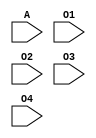
`timescale 1ns / 1ps
//////////////////////////////////////////////////////////////////////////////////
// Company: 
// Engineer: 
// 
// Design Name: 
// Module Name:    splitter 
// Project Name: 
// Target Devices: 
// Tool versions: 
// Description: 
//
// Dependencies: 
//
// Revision: 
// Revision 0.01 - File Created
// Additional Comments: 
//
//////////////////////////////////////////////////////////////////////////////////
module splitter(
    input [31:0] A,
    input [7:0] O1,
    input [7:0] O2,
    input [7:0] O3,
    input [7:0] O4
    );
	 assign O1 = A[31:24];
	 assign O2 = A[23:16];
	 assign O3 = A[15:8];
	 assign O4 = A[7:0];

endmodule